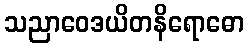
သညာဝေဒယိတနိရောဓော